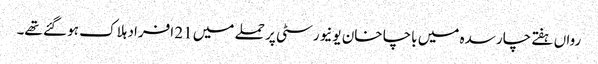
رواں ہفتے چارسدہ میں باچا خان یونیورسٹی پر حملے میں 21 افراد ہلاک ہو گئے تھے۔